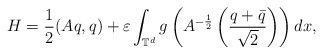
\begin{align*}H=\frac12(Aq,q)+\varepsilon \int_{\mathbb{T}^d}g\left(A^{-\frac12}\left(\frac{q+\bar q}{\sqrt{2}}\right)\right)dx,\end{align*}